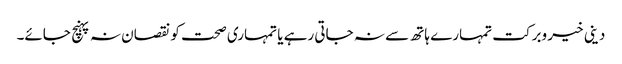
دینی خیر وبرکت تمہارے ہاتھ سے نہ جاتی رہے یا تمہاری صحت کو نقصان نہ پہنچ جائے۔